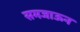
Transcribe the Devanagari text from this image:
समजाऊन